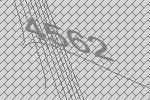
4562